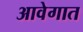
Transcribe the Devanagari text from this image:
आवेगात